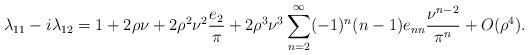
LaTeX: \begin{align*}\lambda_{11}- i \lambda_{12}=1+2\rho \nu +2\rho^2 \nu^2 \frac{e_2}{\pi}+ 2\rho^3 \nu^3 \sum_{n=2}^\infty (-1)^n (n-1)e_{nn} \frac{\nu^{n-2}}{\pi^n}+ O(\rho^4). \end{align*}